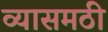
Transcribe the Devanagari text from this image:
व्यासमठी